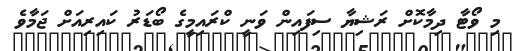
މި ވޯޓާ ދިމާކޮށް ރަޝިޔާ ސިފައިން ވަނީ ކްރައިމީގެ ބޯޑަރު ކައިރިއަށް ޖަމާވެ